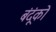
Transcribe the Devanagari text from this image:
बंदूंको